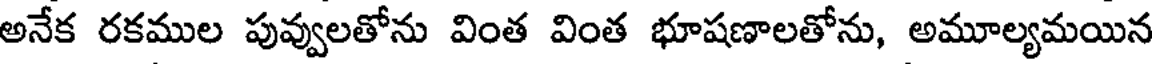
అనేక రకముల పువ్వులతోను వింత వింత భూషణాలతోను, అమూల్యమయిన